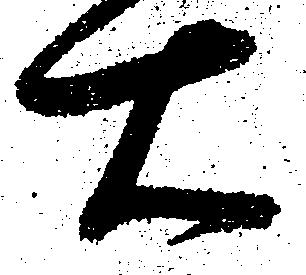
右